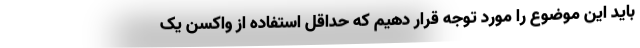
باید این موضوع را مورد توجه قرار دهیم که حداقل استفاده از واکسن یک